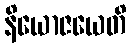
နိယောဇယေတိ